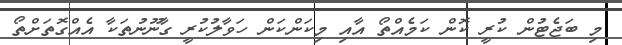
މި ބަޖެޓުން ކުރީ ކޮން ކަމެއްތޯ އާއި މިކަންކަން ހަވާލުކުރީ ގާނޫނުތަކާ އެއްގޮތަށްތޯ